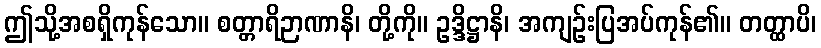
ဤသို့အစရှိကုန်သော။ စတ္တာရိဉာဏာနိ၊ တို့ကို။ ဥဒ္ဒိဋ္ဌာနိ၊ အကျဉ်းပြအပ်ကုန်၏။ တတ္ထာပိ၊